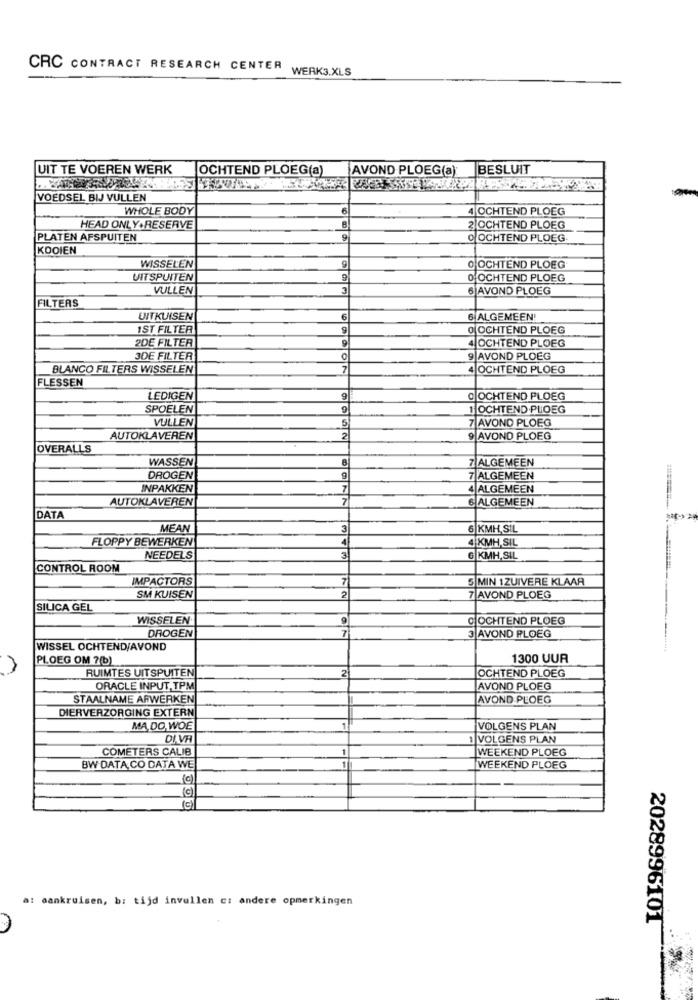
CRC CONTRACT RESEARCH CENTER
WERK3.XLS
UIT TE VOEREN WERK
OCHTEND PLOEG(a)
AVOND PLOEG(a)
BESLUIT
VOEDSEL BIJ VULLEN
WHOLE BODY
6
4 OCHTEND PLOEG
HEAD ONLY.RESERVE
2 OCHTEND PLOEG
PLATEN AFSPUITEN
9
0 OCHTEND PLOEG
KOOIEN
WISSELEN
O OCHTEND PLOEG
UITSPUITEN
0 OCHTEND PLOEG
VULLEN
3
6 AVOND PLOEG
FILTERS
UITKUISEN
6
6 ALGEMEEN!
IST FILTER
9
O OCHTEND PLOEG
2DE FILTER
4 OCHTEND PLOEG
3DE FILTER
0
9 AVOND PLOEG
BLANCO FILTERS WISSELEN
7
4 OCHTEND PLOEG
FLESSEN
LEDIGEN
9
O OCHTEND PLOEG
SPOELEN
1 OCHTEND PLOEG
VULLEN
5
7 AVOND PLOEG
AUTOKLAVEREN
9 AVOND PLOEG
OVERALLS
WASSEN
7 ALGEMEEN
DROGEN
9
7 ALGEMEEN
INPAKKEN
7
4 ALGEMEEN
AUTOKLAVEREN
7
6 ALGEMEEN
DATA
MEAN
3
6 KMH SIL
FLOPPY BEWERKEN
4
4 KMH SIL
NEEDELS
3
6 KMH, SIL
CONTROL ROOM
IMPACTORS
7
5 MIN 1ZUIVERE KLAAR
SM KUISEN
2
7 AVOND PLOEG
SILICA GEL
WISSELEN
C OCHTEND PLOEG
DROGEN
7
AVOND PLOEG
WISSEL OCHTEND/AVOND
PLOEG OM ?(b)
1300 UUR
RUIMTES UITSPUITEN
2
OCHTEND PLOEG
ORACLE INPUT, TPM
AVOND PLOEG
STAALNAME AFWERKEN
AVOND PLOEG
DIERVERZORGING EXTERN
MA,DO, WOE
VOLGENS PLAN
DI VA
VOLGENS PLAN
COMETERS CALIB
WEEKEND PLOEG
BW DATA, CO DATA WE
WEEKEND PLOEG
a: aankruisen, b: tijd invullen c: andere opmerkingen
2028996101